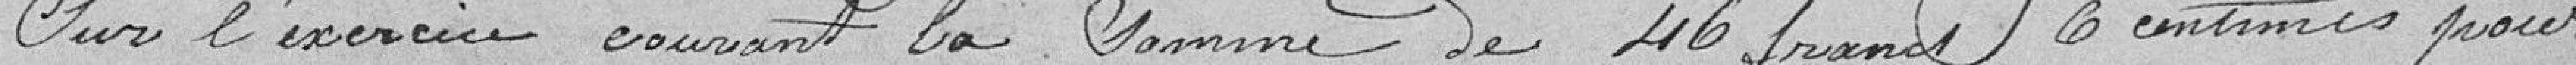
pour l'exercice courant la somme de 46 francs 6 centimes pour